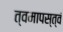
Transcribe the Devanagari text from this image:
त्वमापस्त्वं